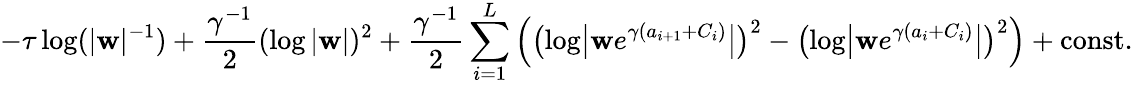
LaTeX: -\tau\log(|\mathbf{w}|^{-1})+\frac{{\gamma^{-1}}}{{2}}(\log|\mathbf{w}|)^{2}+\frac{{\gamma^{-1}}}{{2}}\sum_{i=1}^{L}\left(\bigl(\log\bigl|\mathbf{w}e^{\gamma(a_{i+1}+C_{i})}\bigr|\bigr)^{2}-\bigl(\log\bigl|\mathbf{w}e^{\gamma(a_{i}+C_{i})}\bigr|\bigr)^{2}\right)+\mathrm{{const}}.